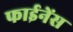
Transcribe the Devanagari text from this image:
फाईनेंस